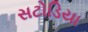
સટોડિયા